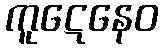
ကူဋေနေဝ